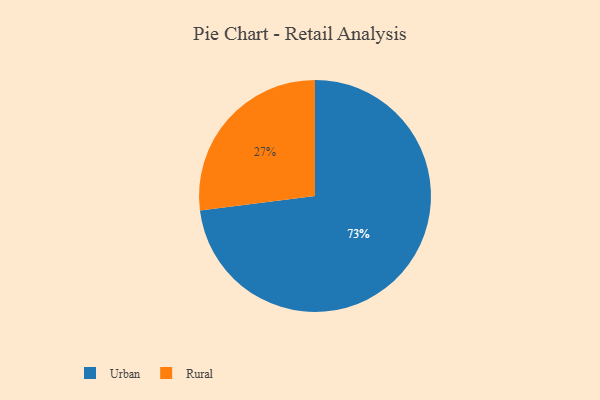
{"axis": {"x": "Category", "y": "Percentage"}, "legend": ["Rural", "Urban"], "data": [{"x": "Urban", "y": 73, "type": "Urban"}, {"x": "Rural", "y": 27, "type": "Rural"}]}